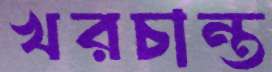
খরচান্ত